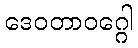
ဒေဝတာဝဂ္ဂေါ